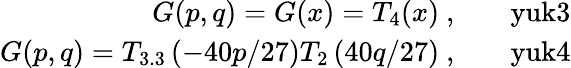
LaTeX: \begin{array}{rlr}{G(p,q)=G(x)=T_{4}(x)\ ,}&{{}}&{\mathrm{yuk3}}\\ {G(p,q)=T_{3.3}\left(-40p/27\right)T_{2}\left(40q/27\right)\ ,}&{{}}&{\mathrm{yuk4}}\end{array}